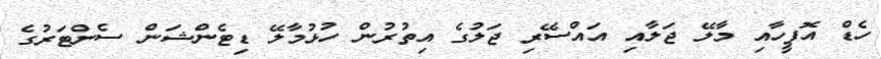
ހެޑް އޮފީހާއި މާލޭ ޖަލާއި އައްސޭރި ޖަލުގެ އިތުރުން ހުޅުމާލޭ ޑިޓެންޝަން ސެންޓަރުގެ